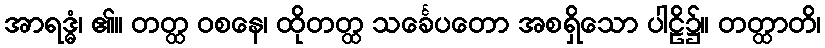
အာရဒ္ဓံ၊ ၏။ တတ္ထ ဝစနေ၊ ထိုတတ္ထ သင်္ခေပတော အစရှိသော ပါဠိ၌။ တတ္ထာတိ၊